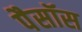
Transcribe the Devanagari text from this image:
पैसॉस